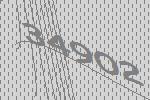
34902